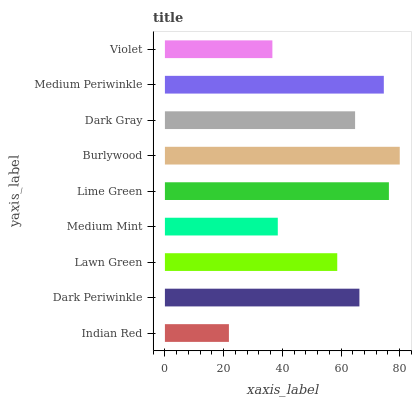
| yaxis_label | bars |
 | --- | --- |
 | Indian Red | 21.8 |
 | Dark Periwinkle | 66.3 |
 | Lawn Green | 58.7 |
 | Medium Mint | 38.5 |
 | Lime Green | 76.3 |
 | Burlywood | 80 |
 | Dark Gray | 64.8 |
 | Medium Periwinkle | 74.6 |
 | Violet | 36.6 |